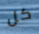
كل